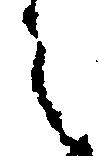
之